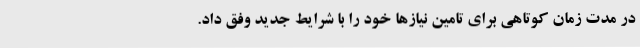
در مدت زمان کوتاهی برای تامین نیازها خود را با شرایط جدید وفق داد.